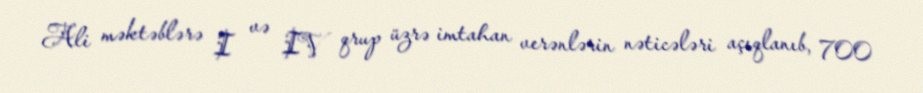
Ali məktəblərə I və IV qrup üzrə imtahan verənlərin nəticələri açıqlanıb, 700